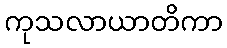
ကုသလာယာတိကာ